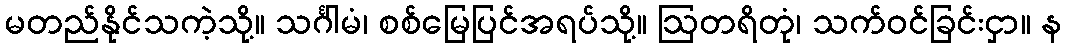
မတည်နိုင်သကဲ့သို့။ သင်္ဂါမံ၊ စစ်မြေပြင်အရပ်သို့။ ဩတရိတုံ၊ သက်ဝင်ခြင်းငှာ။ န